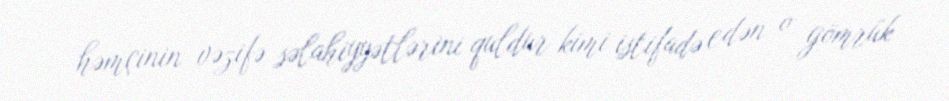
həmçinin vəzifə səlahiyyətlərini quldur kimi istifadə edən o gömrük